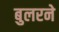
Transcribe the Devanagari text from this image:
बुलरने